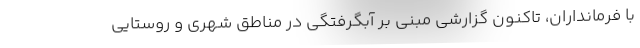
با فرمانداران، تاکنون گزارشی مبنی بر آبگرفتگی در مناطق شهری و روستایی